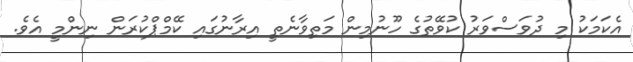
އެކަމަކު މި ދުވަސްވަރު ކުވޭތުގެ ހޫނުމިން މަތިވާނެތީ އިރާނުގައި ކޭމްޕްކުރަން ނިންމީ އެވެ.